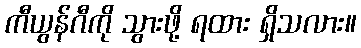
ကီယွန်ဂီကို သွားဖို့ ရထား ရှိသလား။